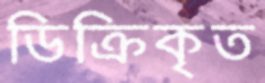
ডিক্রিকৃত